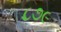
૮૭૯